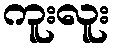
ကူးလူး